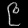
Digit: ၉